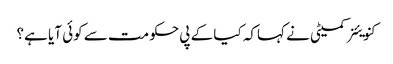
کنویئنر کمیٹی نے کہاکہ کیا کے پی حکومت سے کوئی آیا ہے؟